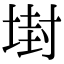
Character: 𡎈